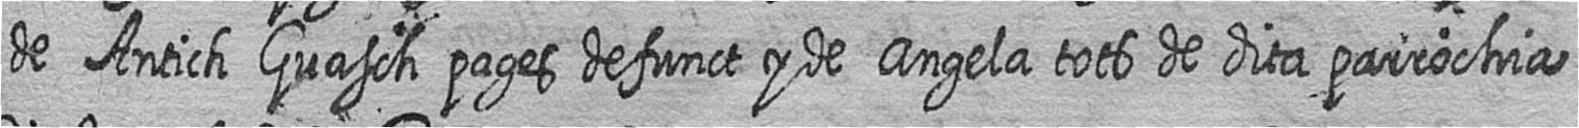
de Antich Guasch pages defunct y de Angela tots de dita parrochia